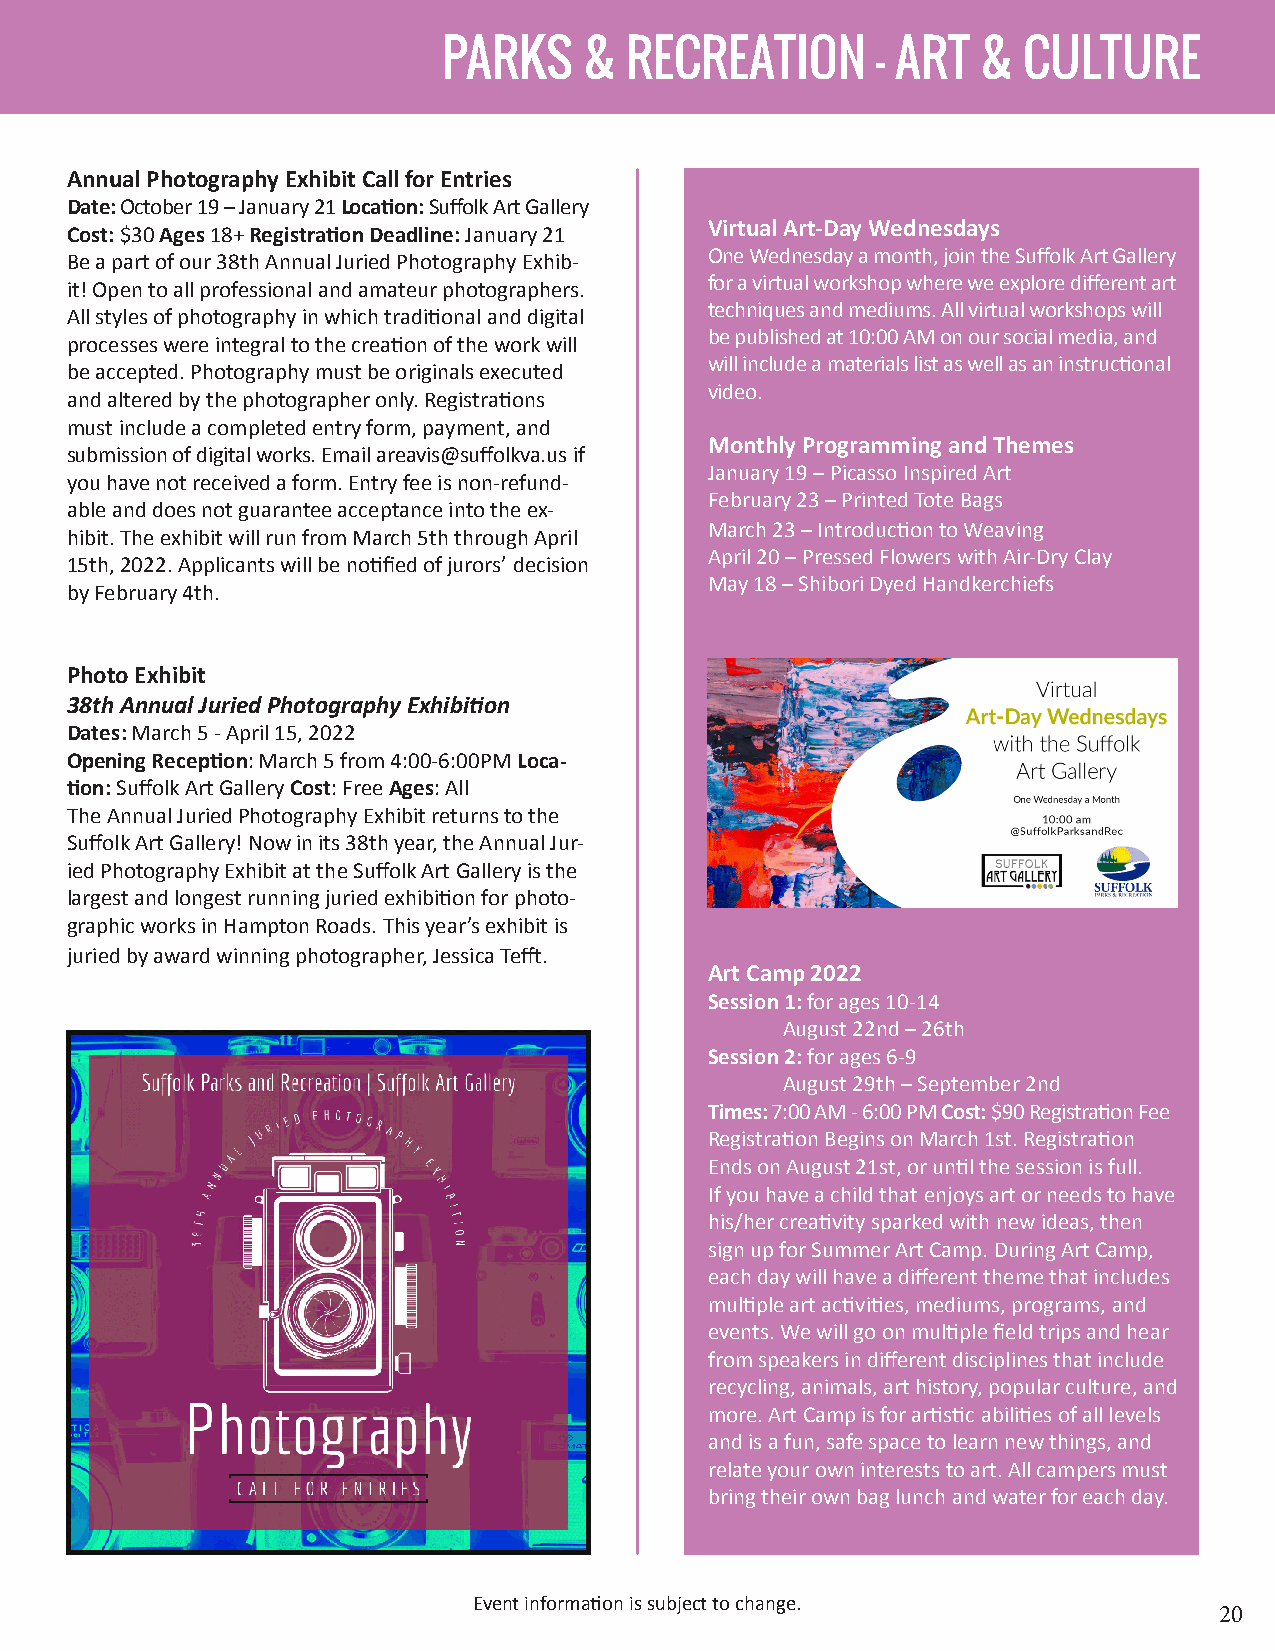
PARKS     & RECREATION       - ART  &  CULTURE
 Annual Photography Exhibit Call for Entries
 Date: October 19 – January 21 Location: Suffolk Art Gallery
 Virtual Art-Day Wednesdays
 Cost: $30 Ages 18+ Registration Deadline: January 21
 One Wednesday a month, join the Suffolk Art Gallery
 Be a part of our 38th Annual Juried Photography Exhib-
 for a virtual workshop where we explore different art
 it! Open to all professional and amateur photographers.
 techniques and mediums. All virtual workshops will
 All styles of photography in which traditional and digital
 be published at 10:00 AM on our social media, and
 processes were integral to the creation of the work will
 will include a materials list as well as an instructional
 be accepted. Photography must be originals executed
 video.
 and altered by the photographer only. Registrations
 must include a completed entry form, payment, and
 Monthly Programming and Themes
 submission of digital works. Email areavis@suffolkva.us if
 January 19 – Picasso Inspired Art
 you have not received a form. Entry fee is non-refund-
 February 23 – Printed Tote Bags
 able and does not guarantee acceptance into the ex-
 March 23 – Introduction to Weaving
 hibit. The exhibit will run from March 5th through April
 April 20 – Pressed Flowers with Air-Dry Clay
 15th, 2022. Applicants will be notified of jurors’ decision
 May 18 – Shibori Dyed Handkerchiefs
 by February 4th.
 Photo Exhibit
 38th Annual Juried Photography Exhibition
 Dates: March 5 - April 15, 2022
 Opening Reception: March 5 from 4:00-6:00PM Loca-
 tion: Suffolk Art Gallery Cost: Free Ages: All
 The Annual Juried Photography Exhibit returns to the
 Suffolk Art Gallery! Now in its 38th year, the Annual Jur-
 ied Photography Exhibit at the Suffolk Art Gallery is the
 largest and longest running juried exhibition for photo-
 graphic works in Hampton Roads. This year’s exhibit is
 juried by award winning photographer, Jessica Tefft.
 Art Camp 2022
 Session 1: for ages 10-14
 August 22nd – 26th
 Session 2: for ages 6-9
 August 29th – September 2nd
 Times: 7:00 AM - 6:00 PM Cost: $90 Registration Fee
 Registration Begins on March 1st. Registration
 Ends on August 21st, or until the session is full.
 If you have a child that enjoys art or needs to have
 his/her creativity sparked with new ideas, then
 sign up for Summer Art Camp. During Art Camp,
 each day will have a different theme that includes
 multiple art activities, mediums, programs, and
 events. We will go on multiple field trips and hear
 from speakers in different disciplines that include
 recycling, animals, art history, popular culture, and
 more. Art Camp is for artistic abilities of all levels
 and is a fun, safe space to learn new things, and
 relate your own interests to art. All campers must
 bring their own bag lunch and water for each day.
 Event information is subject to change.
 20